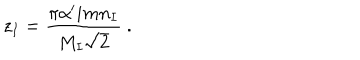
z _ { I } = \frac { \pi \alpha ^ { \prime } i m n _ { I } } { M _ { I } \sqrt 2 } \ .